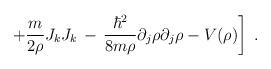
LaTeX: \begin{align*}\left. + \frac{m}{2 \rho} J_k J_k \,-\,\frac{\hbar^2}{8 m \rho}\partial_j \rho \partial_j \rho - V(\rho) \right]\;.\end{align*}